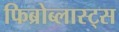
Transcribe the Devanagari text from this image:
फिब्रोब्लास्ट्स